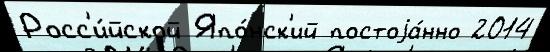
Росс'и́йской Япо́нск'ий постоjа́нно 2014